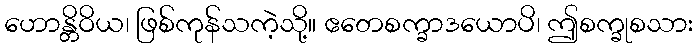
ဟောန္တိဝိယ၊ ဖြစ်ကုန်သကဲ့သို့။ ဧတေစက္ခာဒယောပိ၊ ဤစက္ခုစသား